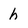
Character: h